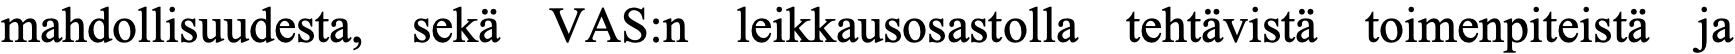
mahdollisuudesta, sekä VAS:n leikkausosastolla tehtävistä toimenpiteistä ja